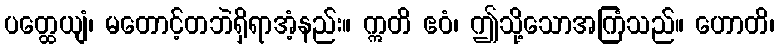
ပတ္ထေယျံ၊ မတောင့်တဘဲရှိရာအံ့နည်း။ ဣတိ ဧဝံ၊ ဤသို့သောအကြံသည်။ ဟောတိ၊